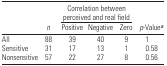
|  |  | <COLSPAN=3> Correlation between perceived and real field |  |
 |  | n | Positive | Negative | Zero | p-Valuea |
 | --- | --- | --- | --- | --- | --- |
 | All | 88 | 39 | 40 | 9 | 1 |
 | Sensitive | 31 | 17 | 13 | 1 | 0.58 |
 | Nonsensitive | 57 | 22 | 27 | 8 | 0.56 |